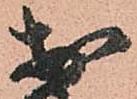
於